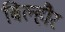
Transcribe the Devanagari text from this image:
बिल्‍हौर